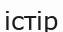
істір